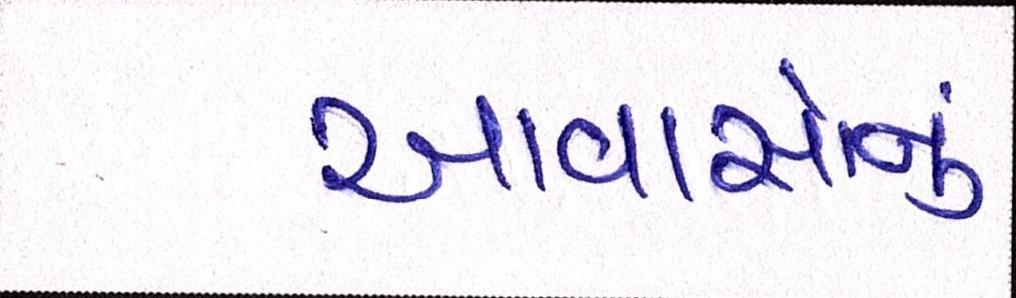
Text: આવાસોનું